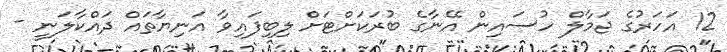
12 އަހަރުގެ ޖަމާލް ހުސައިން އޭނާގެ ބުރަކަށްޓަށް ލިބިފައިވާ އަނިޔާތައް ދައްކާލަނީ -